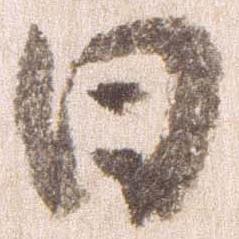
日